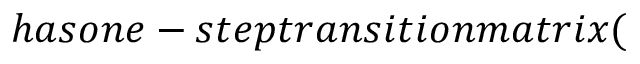
h a s o n e - s t e p t r a n s i t i o n m a t r i x (